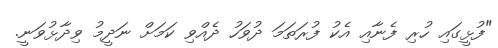
"ފުޅީގައި ހުރި ފެނާއި އެކު ފުރަތަމަ ދުވަހު ދެއްވި ކަމަށް ނަދީމު ވިދާޅުވަނީ.